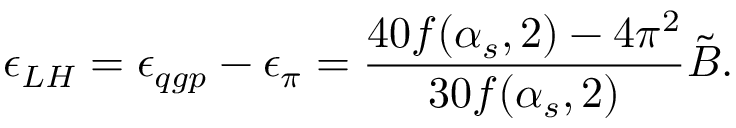
\epsilon _ { L H } = \epsilon _ { q g p } - \epsilon _ { \pi } = { \frac { 4 0 f ( \alpha _ { s } , 2 ) - 4 \pi ^ { 2 } } { 3 0 f ( \alpha _ { s } , 2 ) } } \tilde { B } .